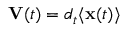
\mathbf { V } ( t ) = d _ { t } \langle \mathbf { x } ( t ) \rangle